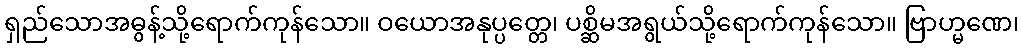
ရှည်သောအဓွန့်သို့ရောက်ကုန်သော။ ဝယောအနုပ္ပတ္တေ၊ ပစ္ဆိမအရွယ်သို့ရောက်ကုန်သော။ ဗြာဟ္မဏေ၊